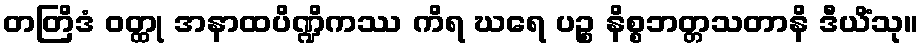
တတြိဒံ ဝတ္ထု အနာထပိဏ္ဍိကဿ ကိရ ဃရေ ပဉ္စ နိစ္စဘတ္တသတာနိ ဒီယိံသု။